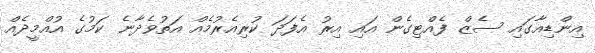
އިންޑިއާގައި ސެޒް ފެއްޓިގެން އައި އިރު އެފަދަ ކުރިއެރުމެއް އަތުވެދާނެ ކަމުގެ އުއްމީދެއް